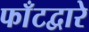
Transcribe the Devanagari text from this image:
फाँटद्वारे